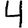
Digit: 4